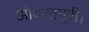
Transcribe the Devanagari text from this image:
ओदन्तपुरी।